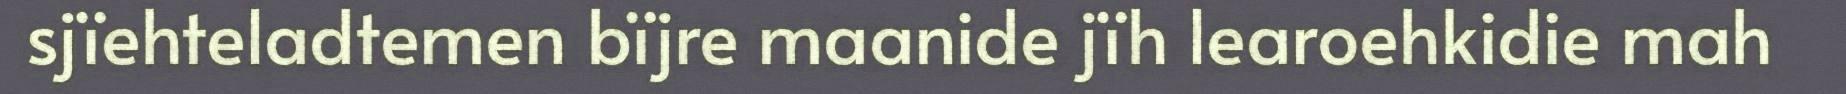
sjïehteladtemen bïjre maanide jïh learoehkidie mah